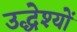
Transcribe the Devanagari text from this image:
उद्धेश्यों